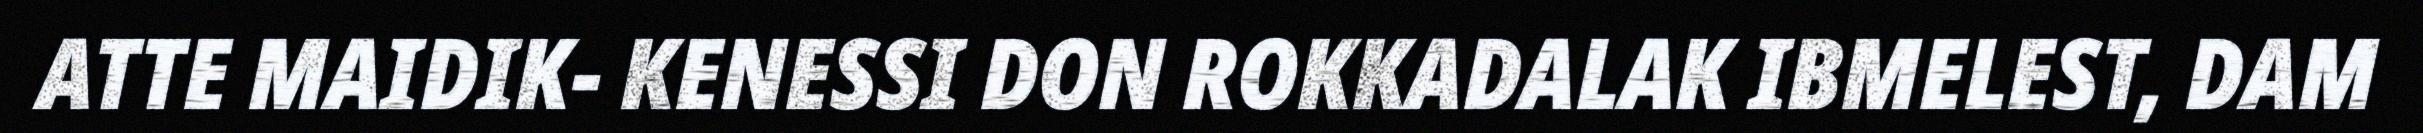
ATTE MAIDIK- KENESSI DON ROKKADALAK IBMELEST, DAM